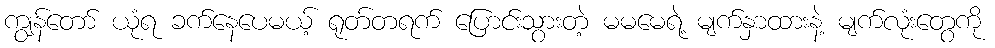
ကျွန်တော် ယုံရ ခက်နေပေမယ့် ရုတ်တရက် ပြောင်းသွားတဲ့ မမမေရဲ့ မျက်နှာထားနဲ့ မျက်လုံးတွေကို